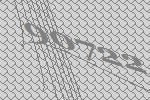
90722